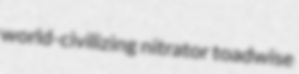
world-civilizing nitrator toadwise